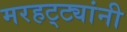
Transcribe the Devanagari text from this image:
मरहट्ट्यांनी